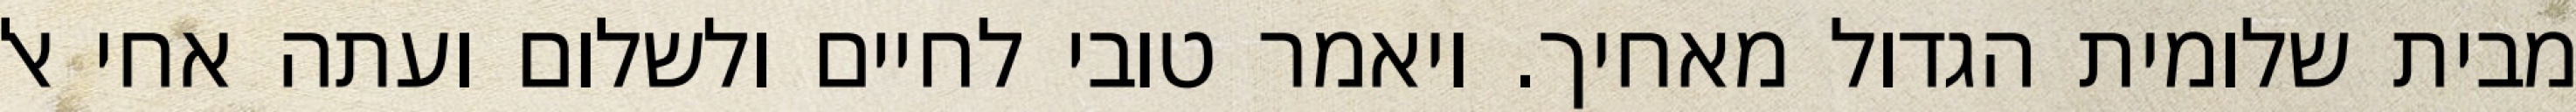
מבית שלומית הגדול מאחיך. ויאמר טובי לחיים ולשלום ועתה אחי אל